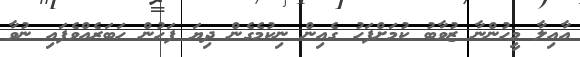
އާއިލާ މީހުންނާ ޒުވާބު ކުމަށްފަހު ގެއިން ނިކުމެގެން ދިޔަ ފަހުން ހަބަރެއްވެފައި ނުވާ